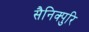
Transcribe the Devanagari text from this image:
सैनिक्पुरि